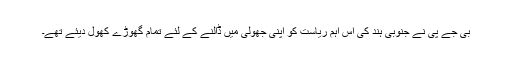
بی جے پی نے جنوبی ہند کی اس اہم ریاست کو اپنی جھولی میں ڈالنے کے لئے تمام گھوڑے کھول دیئے تھے۔